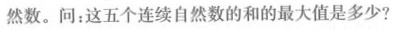
然数。问：这五个连续自然数的和的最大值是多少?